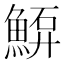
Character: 𩸷